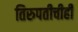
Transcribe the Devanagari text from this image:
तिरुपतीचीही